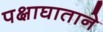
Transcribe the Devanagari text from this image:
पक्षाघाताने